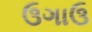
ઉગાઉ